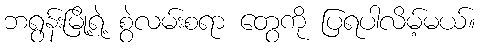
ဘရွန်းမြို့ရဲ့ စွဲလမ်းစရာ တွေကို ပြရပါလိမ့်မယ်။